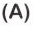
（A）